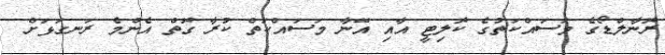
ރޮނާލްޑޯގެ މަސައްކަތުގެ ކޮލިޓީ އާއި އޭނާ މަސައްކަތް ކުރާ ގޮތް އެންމެ ރަނގަޅަށް